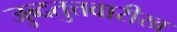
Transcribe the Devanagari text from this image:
जुब्दतुत्तवारीख